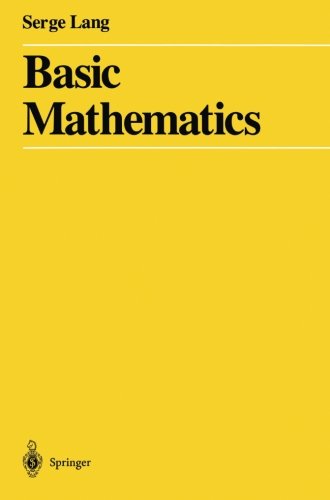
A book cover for Basic Mathematics; Serge Lang; Science & Math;